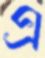
এ